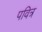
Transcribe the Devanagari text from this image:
पवित्र